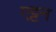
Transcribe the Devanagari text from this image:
एट्टन